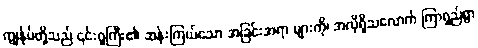
ကျွန်ုပ်တို့သည် ၎င်းဂူကြီး၏ ဆန်းကြယ်သော အခြင်းအရာ များကို၊ အလိုရှိသလောက် ကြာရှည်စွာ